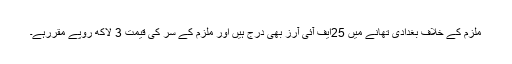
ملزم کے خلاف بغدادی تھانے میں 25ایف آئی آرز بھی درج ہیں اور ملزم کے سر کی قیمت 3 لاکھ روپے مقررہے۔